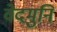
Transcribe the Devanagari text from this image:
वेदमुनि